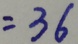
= 3 6